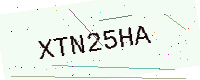
Text: XTN25HA